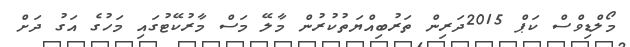
މޯލްޑިވްސް ކަޕް 2015ދަރިން ތަރުބިއްޔަތުކުރުން މާލޭ މަސް މާރުކޭޓުގައި މަހުގެ އަގު ދަށް